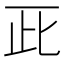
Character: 𠀢